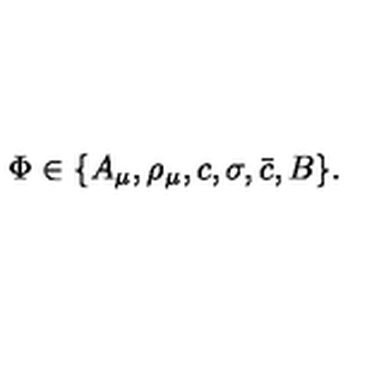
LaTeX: \Phi \in \{ A _ { \mu } , \rho _ { \mu } , c , \sigma , \bar { c } , B \} .